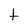
Character: t